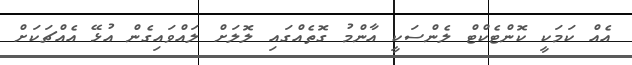
އެއް ކަމަކީ ކޮންޓެކްޓް ލެންސަކީ އާންމު ގޮތެއްގައި ލޮލަށް ލައްވައިގެން އުޅޭ އެއްޗަކަށް